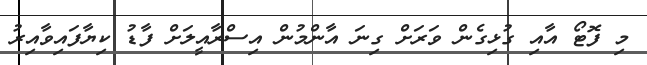
މި ފޮޓޯ އާއި ގުޅިގެން ވަރަށް ގިނަ އާންމުން އިސްރާއީލަށް ފާޑު ކިޔާފައިވާއިރު